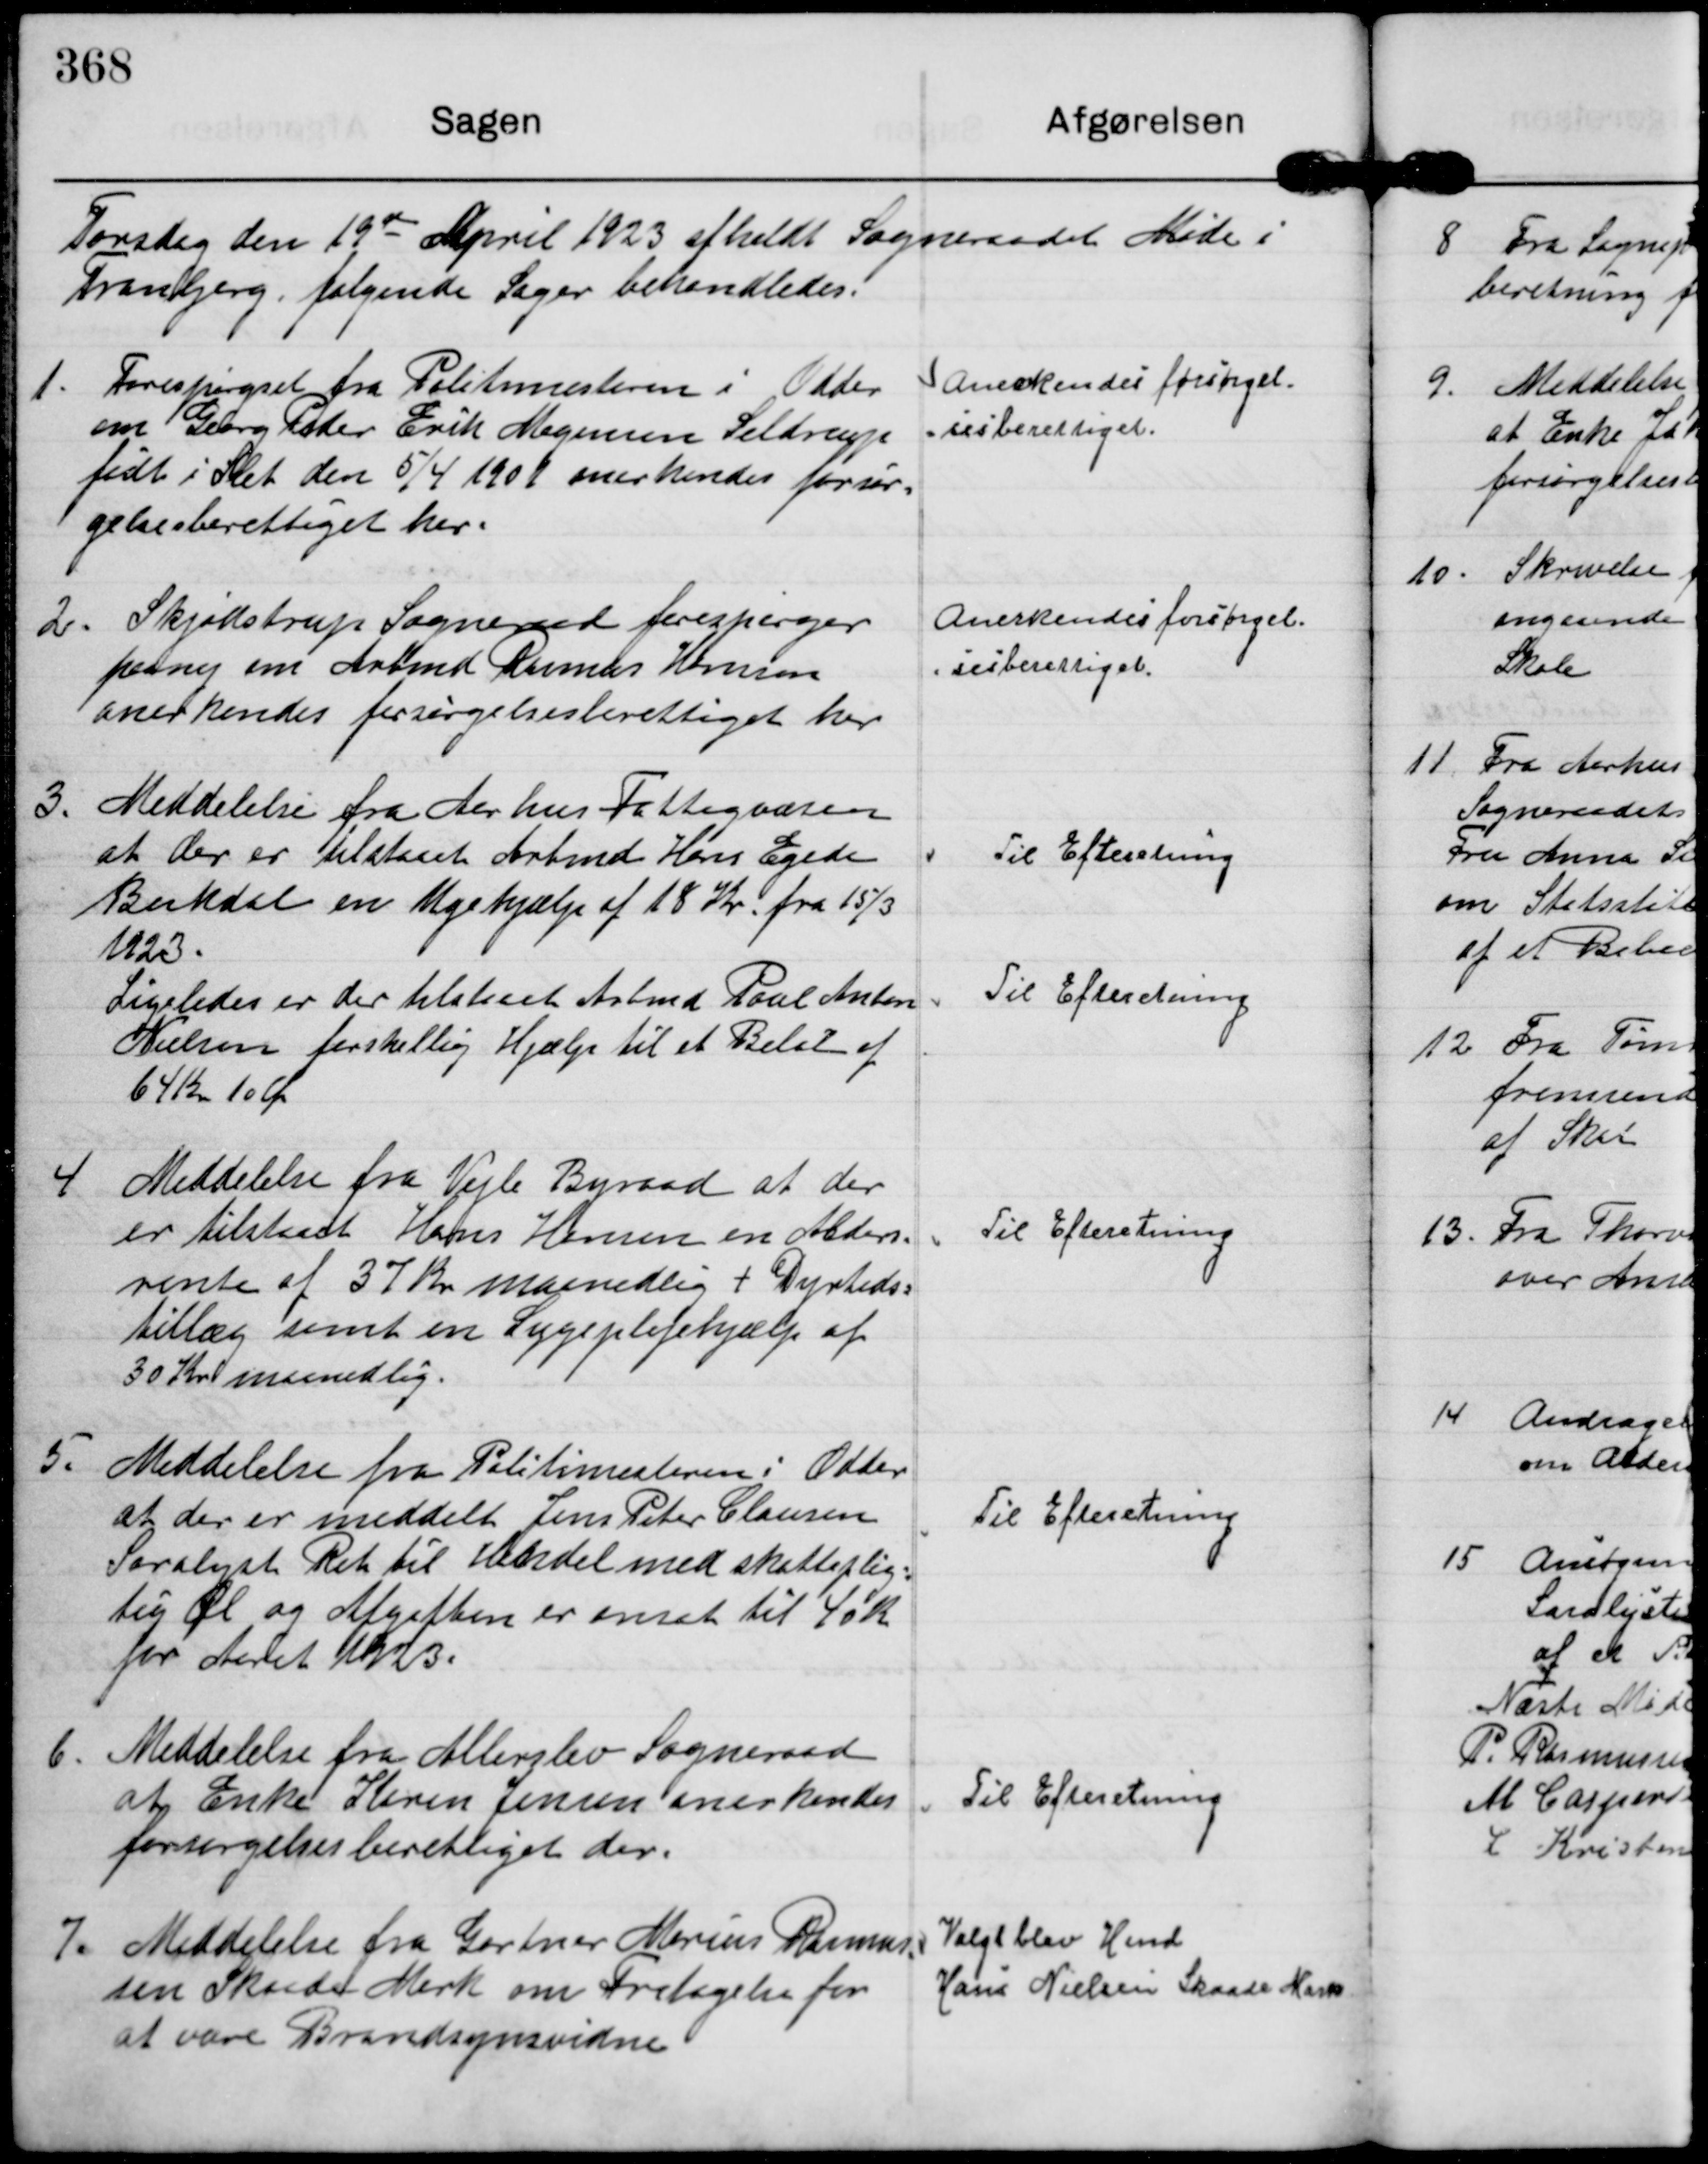
Transskription:
Torsdag den 19de

April 1923 afholdt Sogneraadet Møde i
Tranbjerg, følgende Sager behandledes.

1.
Forespørgsel fra Politimesteren i Odder
om Georg Peder Erik Mogensen Seldrup
født i Slet den 5/4 1901 anerkendes forsør=
gelsesberettiget her.

Anerkendes forsørgel-
=sesberettiget.

2.
Skjødstrup Sogneraad forespørger
paany om Arbmd Rasmus Hansen
anerkendes forsørgelsesberettiget her

Anerkendes forsørgel-
-sesberettiget.

3.
Meddelelse fra Aarhus Fattigvæsen
at der er tilstaaet Arbmd Hans Egede
Bukdal en Ugehjælp af 18 Kr. fra 15/3
1923.

Til Efteretning

Ligeledes er der tilstaaet Arbmd Poul Anton
Nielsen forskellig Hjælp til et Beløb af
64 Kr 10 Øre

Til Efteretning

4
Meddelelse fra Vejle Byraad at der
er tilstaaet Hans Hansen en Alders=
rente af 37 Kr maanedlig + Dyrtids=
tillæg samt en Sygeplejehjælp af
30 Kr maanedlig.

Til Efteretning

5.
Meddelelse fra Politimesteren i Odder
at der er meddelt Jens Peter Clausen
Saralyst Ret til Handel med skatteplig=
tig Øl og Afgiften er ansat til 40 Kr
for Aaret 1923.

Til Efteretning

6.
Meddelelse fra Allerslev Sogneraad
at Enke Karen Jensen anerkendes
forsørgelsesberettiget der.

Til Efteretning

7.
Meddelelse fra Gartner Marius Rasmus-
sen Skaade Mark om Fritagelse for
at være Brandsynsvidne

Valgt blev Hmd
Hans Nielsen Skaade Mark